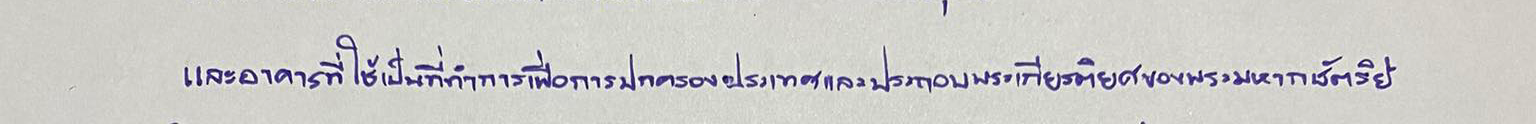
และอาคารที่ใช้เป็นที่ทำการเพื่อการปกครองประเทศและประกอบพระเกียรติยศของพระมหากษัตริย์